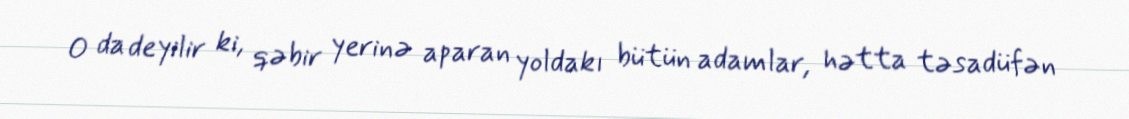
O da deyilir ki, qəbir yerinə aparan yoldakı bütün adamlar, hətta təsadüfən